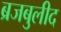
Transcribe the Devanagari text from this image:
ब्रजबुलीद